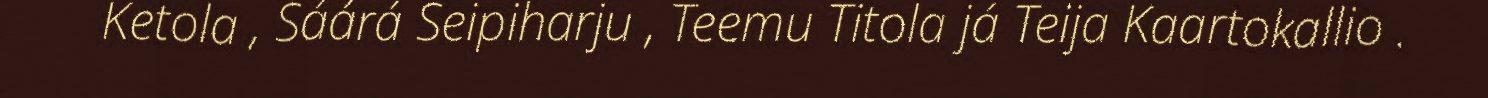
Ketola , Sáárá Seipiharju , Teemu Titola já Teija Kaartokallio .